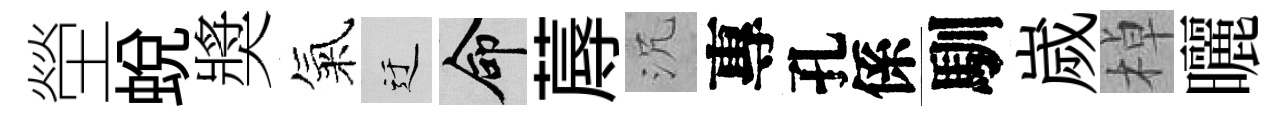
塋蜕奬氣迂命蓐沉專孔係馴嵗棹曬